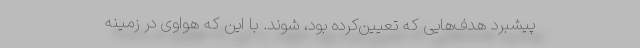
پیشبرد هدف‌هایی که تعیین‌کرده بود، شوند. با این که هواوی در زمینه